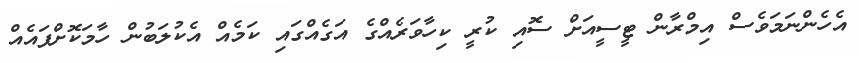
އެހެންނަމަވެސް އިމްރާން ޓީސީއަށް ސޮއި ކުރީ ކިހާވަރެއްގެ އަގެއްގައި ކަމެއް އެކުލަބުން ހާމަކޮށްފައެއް